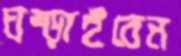
ঘষ্‌ড়াইবেন